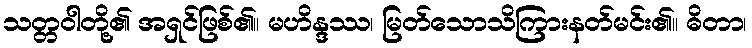
သတ္တဝါတို့၏ အရှင်ဖြစ်၏။ မဟိန္ဒဿ၊ မြတ်သောသိကြားနတ်မင်း၏။ ဓိတာ၊